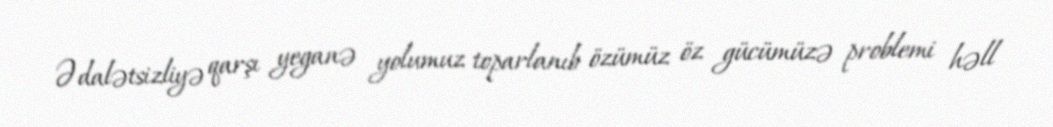
Ədalətsizliyə qarşı yeganə yolumuz toparlanıb özümüz öz gücümüzə problemi həll